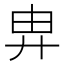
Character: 𢍁